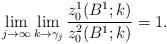
LaTeX: \begin{align*}\lim_{j\rightarrow\infty}\lim_{k\rightarrow \gamma_j}\frac{z_0^1(B^1;k)}{z_0^2(B^1;k)}=1.\end{align*}